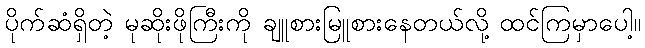
ပိုက်ဆံရှိတဲ့ မုဆိုးဖိုကြီးကို ချူစားမြူစားနေတယ်လို့ ထင်ကြမှာပေါ့။